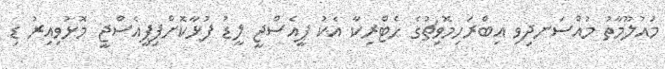
މައުލޫމާތު މުއްސަނދިވި އިބްރަހިމޮވިޗުގެ ހެޓްރިކާ އެކު ޕީއެސްޖީ ލީޑު ފުޅާކޮށްފިޕީއެސްޖީ މޮޅުވިއިރު ޑި